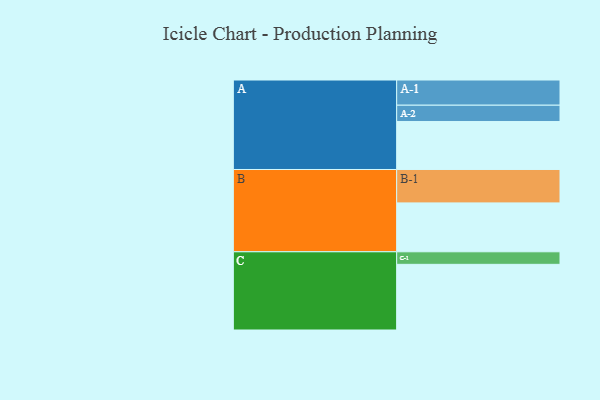
{"axis": {"x": "Segment", "y": "Value"}, "legend": ["", "A", "B", "C"], "data": [{"x": "A", "y": 421, "type": ""}, {"x": "B", "y": 429, "type": ""}, {"x": "C", "y": 576, "type": ""}, {"x": "A-1", "y": 221, "type": "A"}, {"x": "A-2", "y": 143, "type": "A"}, {"x": "B-1", "y": 293, "type": "B"}, {"x": "C-1", "y": 110, "type": "C"}]}